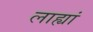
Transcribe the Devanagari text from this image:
लाह्यां